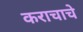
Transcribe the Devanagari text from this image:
कराचाचे